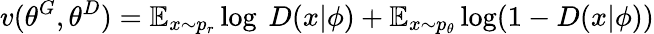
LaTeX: v(\theta^{G},\theta^{D})=\mathbb{E}_{x\sim p_{r}}\log\ D(x|\phi)+\mathbb{E}_{x\sim p_{\theta}}\log(1-D(x|\phi))